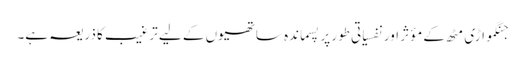
جنگمواڑی مٹھ کے مؤثر اور نفسیاتی طور پر پسماندہ ساتھیوں کے لیے ترغیب کا ذریعہ ہے۔